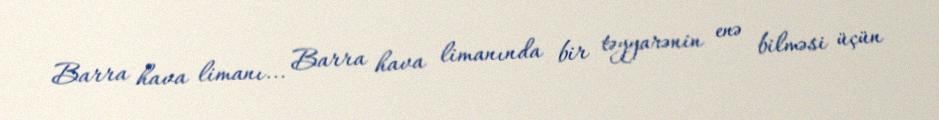
Barra hava limanı... Barra hava limanında bir təyyarənin enə bilməsi üçün